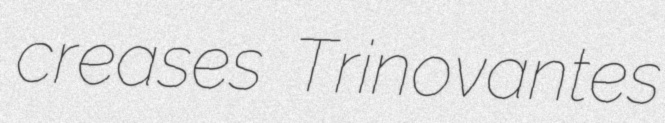
creases Trinovantes